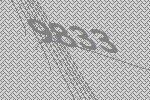
9833